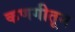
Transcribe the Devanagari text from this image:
कणगीतून